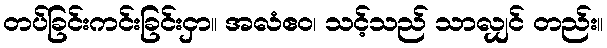
တပ်ခြင်းကင်းခြင်းငှာ။ အလံဧဝ၊ သင့်သည် သာလျှင် တည်း။